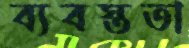
ব্যবস্ততা